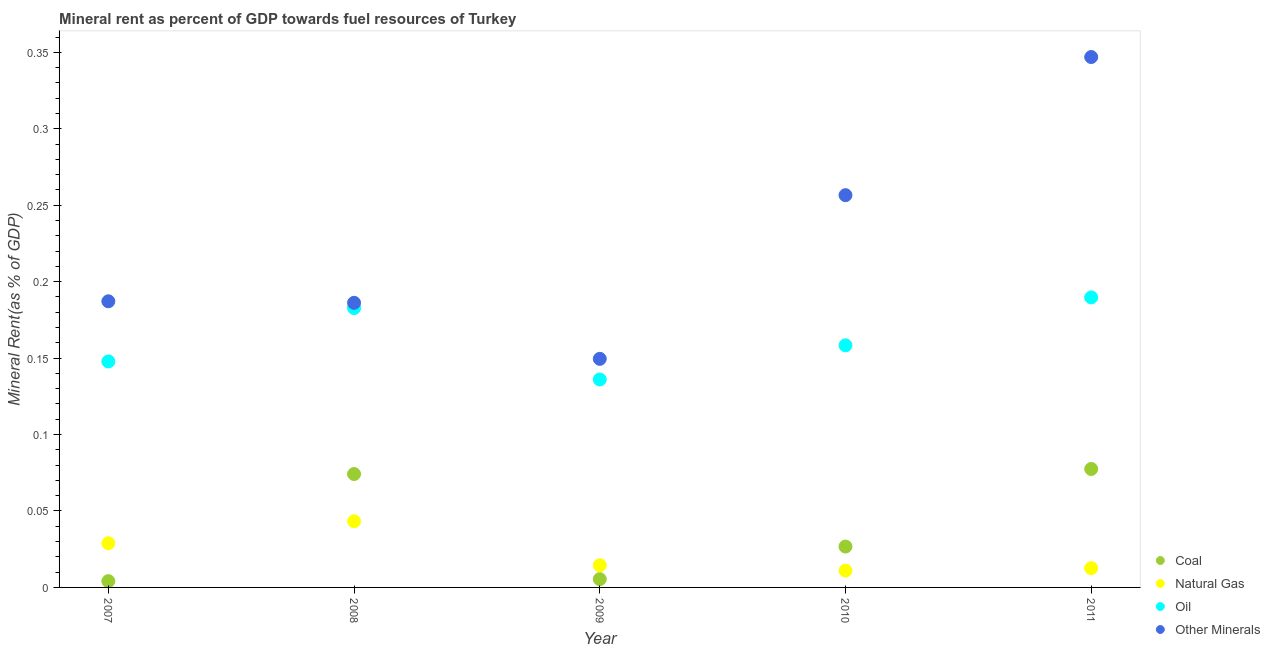
| Year | Coal | Natural Gas | Oil | Other Minerals |
 | --- | --- | --- | --- | --- |
 | 2007 | 0.00411 | 0.0289 | 0.148 | 0.187 |
 | 2008 | 0.0742 | 0.0433 | 0.183 | 0.186 |
 | 2009 | 0.00542 | 0.0145 | 0.136 | 0.15 |
 | 2010 | 0.0267 | 0.011 | 0.158 | 0.257 |
 | 2011 | 0.0775 | 0.0126 | 0.19 | 0.347 |